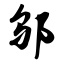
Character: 邬